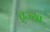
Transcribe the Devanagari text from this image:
तृज्या